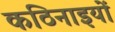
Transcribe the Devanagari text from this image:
कठिनाइयोें